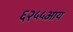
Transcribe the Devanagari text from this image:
६२५५आय